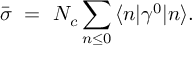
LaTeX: \bar { \sigma } \ = \ N _ { c } \sum _ { n \leq 0 } \, \langle n | \gamma ^ { 0 } | n \rangle .